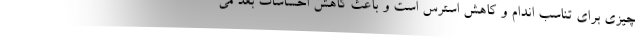
چیزی برای تناسب اندام و کاهش استرس است و باعث کاهش احساسات بعد می